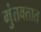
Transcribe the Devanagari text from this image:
गुंतवतात